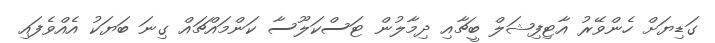
ގަޑިޔަށް ހެންވޭރު އާޓިފިޝަލް ބީޗާއި ދިމާލުން ޓަސްކަލޫސާ ކަންމައްޗައް ގިނަ ބަޔަކު އެއްވެފައި